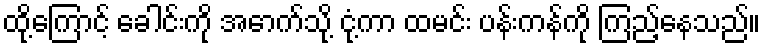
ထို့ကြောင့် ခေါင်းကို အောက်သို့ ငုံ့ကာ ထမင်း ပန်းကန်ကို ကြည့်နေသည်။